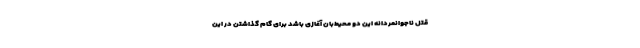
قتل ناجوانمردانه این دو محیط‌بان آغازی باشد برای گام گذاشتن در این